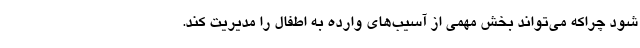
شود چراکه می‌تواند بخش مهمی از آسیب‌های وارده به اطفال را مدیریت کند.